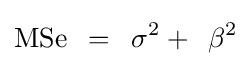
{\rm {MSe}}\,\,\,=\,\,\,\sigma ^{2}+\,\,\,\beta ^{2}